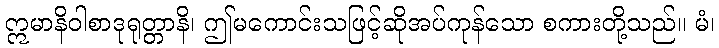
ဣမာနိဝါစာဒုရုတ္တာနိ၊ ဤမကောင်းသဖြင့်ဆိုအပ်ကုန်သော စကားတို့သည်။ မံ၊